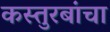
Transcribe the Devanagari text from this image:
कस्तुरबांचा